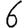
Digit: 6